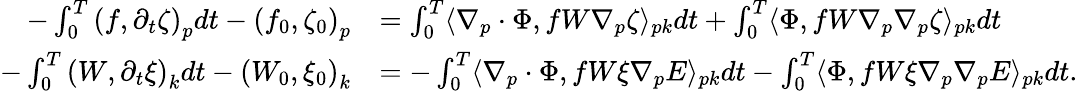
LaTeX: \begin{array}{rl}{-\int_{0}^{T}\left(f,\partial_{t}\zeta\right)_{p}dt-\left(f_{0},\zeta_{0}\right)_{p}}&{=\int_{0}^{T}\langle\nabla_{p}\cdot\Phi,fW\nabla_{p}\zeta\rangle_{pk}dt+\int_{0}^{T}\langle\Phi,fW\nabla_{p}\nabla_{p}\zeta\rangle_{pk}dt}\\ {-\int_{0}^{T}\left(W,\partial_{t}\xi\right)_{k}dt-\left(W_{0},\xi_{0}\right)_{k}}&{=-\int_{0}^{T}\langle\nabla_{p}\cdot\Phi,fW\xi\nabla_{p}E\rangle_{pk}dt-\int_{0}^{T}\langle\Phi,fW\xi\nabla_{p}\nabla_{p}E\rangle_{pk}dt.}\end{array}